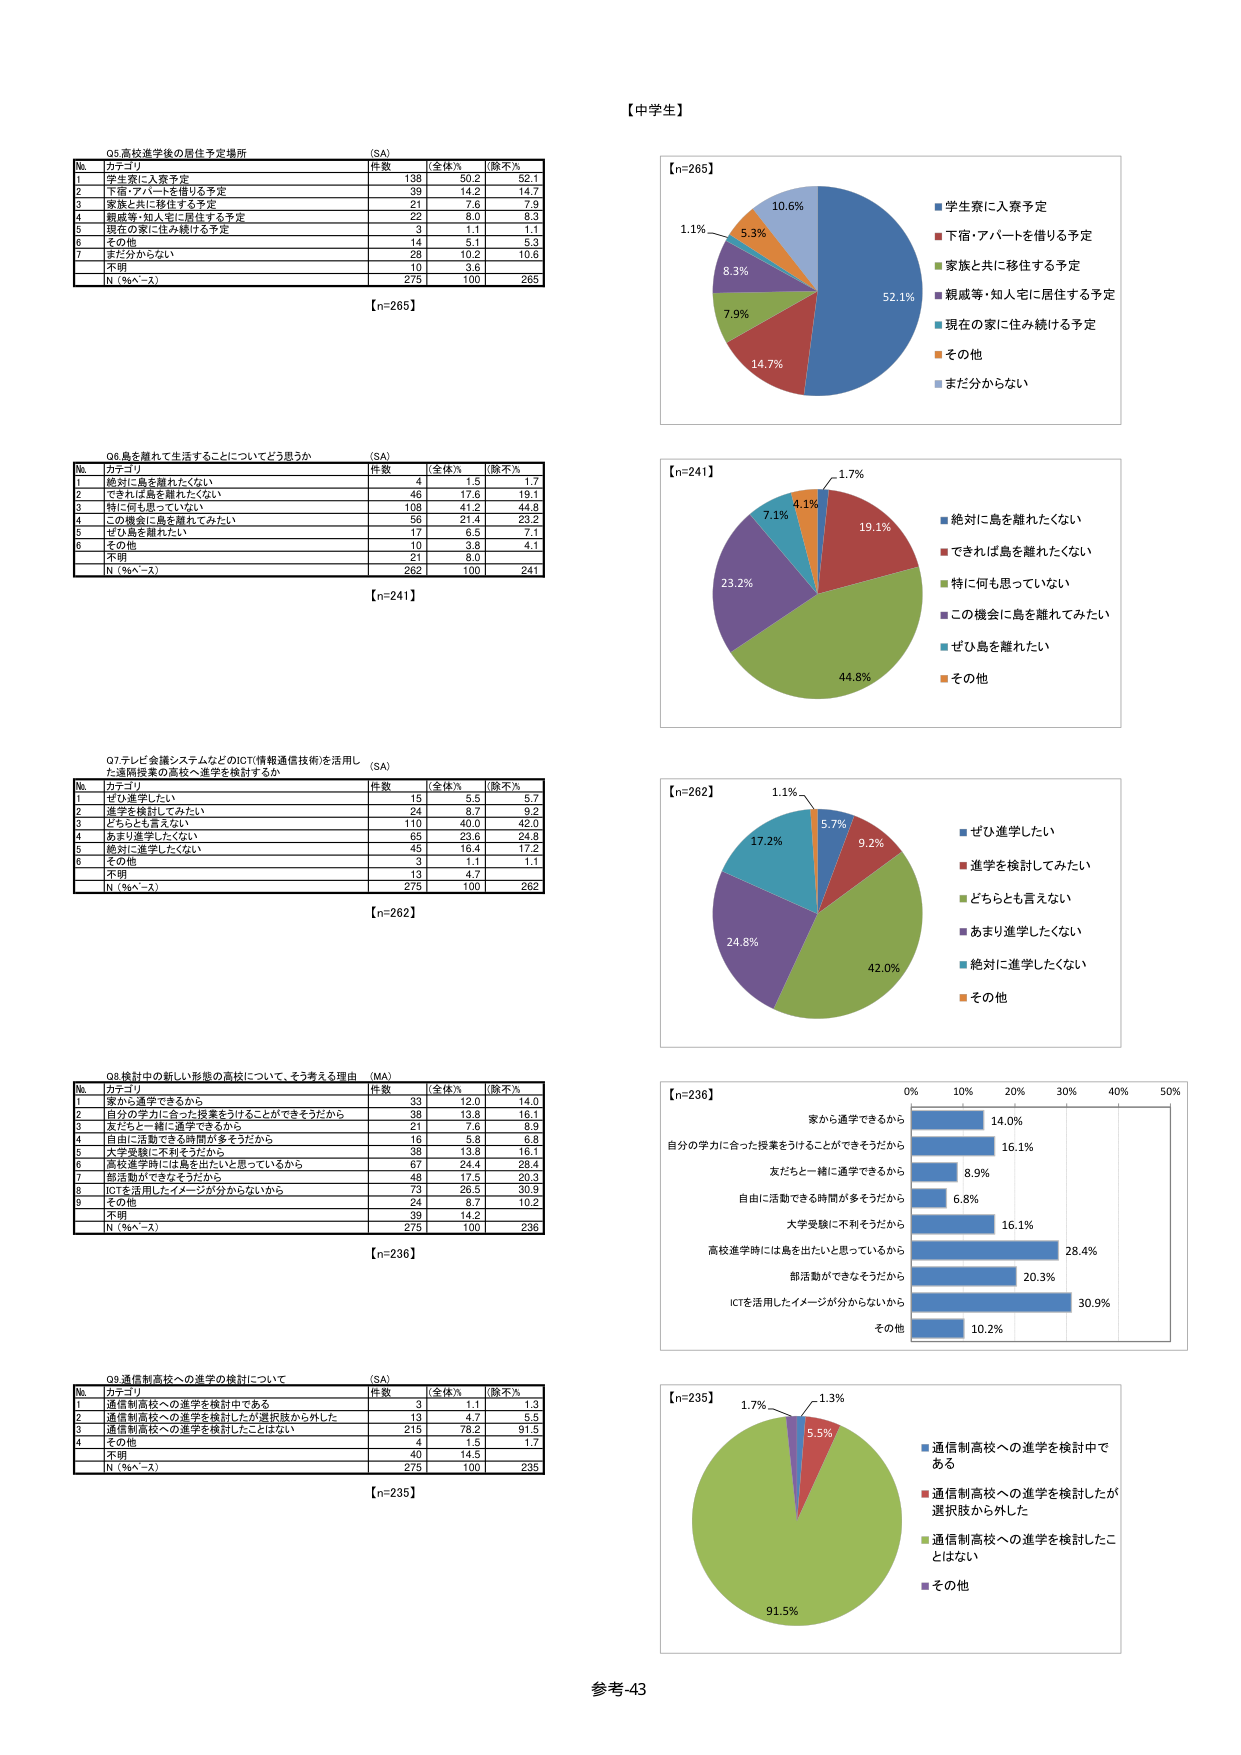
【中学生】

Q5.高校進学後の居住予定場所 (SA)
No. カテゴリ 件数 全体% (除不%)
1 学生寮に入寮予定 138 50.2 52.1
2 下宿・アパートを借りる予定 39 14.2 14.7
3 家族と共に移住する予定 21 7.6 7.9
4 親戚等・知人宅に居住する予定 22 8.0 8.3
5 現在の家に住み続ける予定 3 1.1 1.1
6 その他 14 5.1 5.3
7 まだ分からない 28 10.2 10.8
不明 10 3.6
N（%ベース） 275 100 265
【n=265】

Q6.島を離れて生活することについてどう思うか (SA)
No. カテゴリ 件数 全体% (除不%)
1 絶対に島を離れたくない 4 1.5 1.7
2 できれば島を離れたくない 46 17.6 19.1
3 特に何も思っていない 108 41.2 44.8
4 この機会に島を離れてみたい 56 21.4 23.2
5 ぜひ島を離れたい 17 6.5 7.1
6 その他 10 3.8 4.1
不明 21 8.0
N（%ベース） 262 100 241
【n=241】

Q7.テレビ会議システムなどのICT(情報通信技術)を活用した通信授業の高校へ進学を検討するか (SA)
No. カテゴリ 件数 全体% (除不%)
1 ぜひ進学したい 15 5.5 5.7
2 進学を検討してみたい 24 8.7 9.2
3 どちらとも言えない 110 40.0 42.0
4 あまり進学したくない 65 23.6 24.8
5 絶対に進学したくない 45 16.4 17.2
6 その他 3 1.1 1.1
不明 13 4.7
N（%ベース） 275 100 262
【n=262】

Q8.検討中の新しい形態の高校について、そう考える理由 (MA)
No. カテゴリ 件数 全体% (除不%)
1 家から通学できるから 33 12.0 14.0
2 自分の学力に合った授業をうけることができるから 38 13.8 16.1
3 友だちと一緒に通学できるから 21 7.6 8.9
4 自由に活動できる時間が多そうだから 16 5.8 6.8
5 大学受験に不利そうだから 38 13.8 16.1
6 高校進学時には島を出たいと思っているから 67 24.4 28.4
7 部活動ができそうだから 48 17.5 20.3
8 ICTを活用したイメージが分からないから 73 26.5 30.9
9 その他 24 8.7 10.2
不明 39 14.2
N（%ベース） 275 100 236
【n=236】

Q9.通信制高校への進学の検討について (SA)
No. カテゴリ 件数 全体% (除不%)
1 通信制高校への進学を検討中である 3 1.1 1.3
2 通信制高校への進学を検討したが選択肢から外した 13 4.7 5.5
3 通信制高校への進学を検討したことはない 215 78.2 91.5
4 その他 4 1.5 1.7
不明 40 14.5
N（%ベース） 275 100 235
【n=235】

【n=265】
■学生寮に入寮予定 52.1%
■下宿・アパートを借りる予定 14.7%
■家族と共に移住する予定 7.9%
■親戚等・知人宅に居住する予定 8.3%
■現在の家に住み続ける予定 1.1%
■その他 5.3%
■まだ分からない 10.8%

【n=241】
■絶対に島を離れたくない 1.7%
■できれば島を離れたくない 19.1%
■特に何も思っていない 44.8%
■この機会に島を離れてみたい 23.2%
■ぜひ島を離れたい 7.1%
■その他 4.1%

【n=262】
■ぜひ進学したい 5.7%
■進学を検討してみたい 9.2%
■どちらとも言えない 42.0%
■あまり進学したくない 24.8%
■絶対に進学したくない 17.2%
■その他 1.1%

【n=236】
0% 10% 20% 30% 40% 50%
家から通学できるから 14.0%
自分の学力に合った授業をうけることができるから 16.1%
友だちと一緒に通学できるから 8.9%
自由に活動できる時間が多そうだから 6.8%
大学受験に不利そうだから 16.1%
高校進学時には島を出たいと思っているから 28.4%
部活動ができそうだから 20.3%
ICTを活用したイメージが分からないから 30.9%
その他 10.2%

【n=235】
■通信制高校への進学を検討中である 1.3%
■通信制高校への進学を検討したが選択肢から外した 5.5%
■通信制高校への進学を検討したことはない 91.5%
■その他 1.7%

参考-43